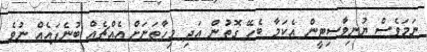
ނަމަވެސް ޔުނިވާސިޓީން އެކަމާ ބެހޭ ގޮތުން އަދި މިހާތަނަށް އެއްޗެއް ބުނެފައެއް ނުވެ